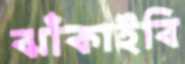
ঝাঁকাইবি